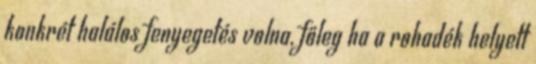
konkrét halálos fenyegetés volna, főleg ha a rohadék helyett